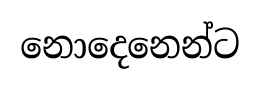
නොදෙනෙන්ට